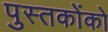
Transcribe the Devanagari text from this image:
पुस्‍तकोंको